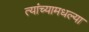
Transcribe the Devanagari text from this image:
त्यांच्यामधल्या